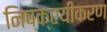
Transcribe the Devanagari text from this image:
निष्क्रयीकरण